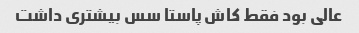
عالی بود فقط کاش پاستا سس بیشتری داشت